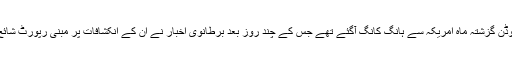
تیس سالہ سنوڈن گزشتہ ماہ امریکہ سے ہانگ کانگ آگئے تھے جس کے چند روز بعد برطانوی اخبار نے ان کے انکشافات پر مبنی رپورٹ شائع کردی تھی۔